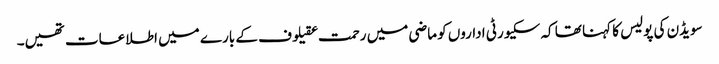
سویڈن کی پولیس کا کہنا تھا کہ سکیورٹی اداروں کو ماضی میں رحمت عقیلوف کے بارے میں اطلاعات تھیں۔